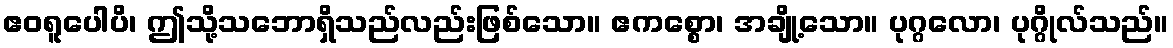
ဧဝရူပေါပိ၊ ဤသို့သဘောရှိသည်လည်းဖြစ်သော။ ဧကစ္စော၊ အချို့သော။ ပုဂ္ဂလော၊ ပုဂ္ဂိုလ်သည်။